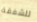
للشفقة